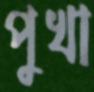
পুখা